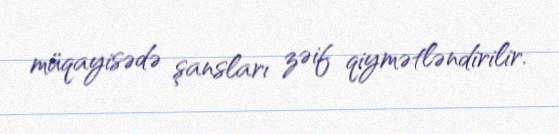
müqayisədə şansları zəif qiymətləndirilir.